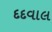
દદવાલ